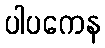
ပါပကေန